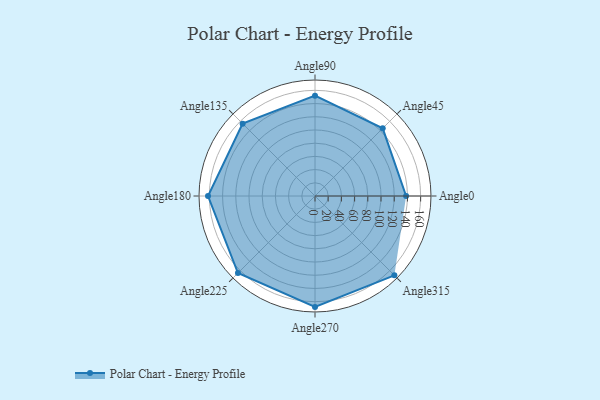
{"axis": {"x": "Angle", "y": "Radius"}, "legend": [""], "data": [{"x": "Angle0", "y": 138.0, "type": ""}, {"x": "Angle45", "y": 145.0, "type": ""}, {"x": "Angle90", "y": 152.0, "type": ""}, {"x": "Angle135", "y": 155.0, "type": ""}, {"x": "Angle180", "y": 162.0, "type": ""}, {"x": "Angle225", "y": 165.0, "type": ""}, {"x": "Angle270", "y": 168.0, "type": ""}, {"x": "Angle315", "y": 170, "type": ""}]}